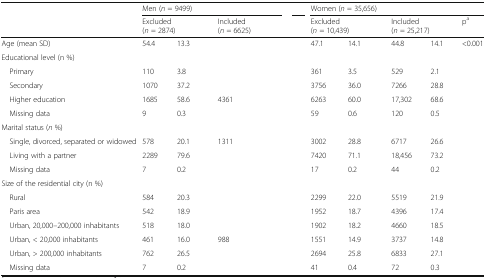
<table><thead><tr><td rowspan="2">[EMPTY_CELL]</td><td colspan="6"><b>Men (<i>n</i> = 9499)</b></td><td colspan="6"><b>Women (<i>n</i> = 35,656)</b></td></tr><tr><td colspan="2"><b>Excluded (<i>n</i> = 2874)</b></td><td>[EMPTY_CELL]</td><td colspan="2"><b>Included (<i>n</i> = 6625)</b></td><td>[EMPTY_CELL]</td><td colspan="2"><b>Excluded (<i>n</i> = 10,439)</b></td><td>[EMPTY_CELL]</td><td colspan="2"><b>Included (<i>n</i> = 25,217)</b></td><td><b>p<sup>a</sup></b></td></tr></thead><tbody><tr><td>Age (mean SD)</td><td>54.4</td><td>13.3</td><td>[EMPTY_CELL]</td><td>[EMPTY_CELL]</td><td>[EMPTY_CELL]</td><td>[EMPTY_CELL]</td><td>47.1</td><td>14.1</td><td>[EMPTY_CELL]</td><td>44.8</td><td>14.1</td><td>&lt;0.001</td></tr><tr><td>Educational level (n %)</td><td>[EMPTY_CELL]</td><td>[EMPTY_CELL]</td><td>[EMPTY_CELL]</td><td>[EMPTY_CELL]</td><td>[EMPTY_CELL]</td><td>[EMPTY_CELL]</td><td>[EMPTY_CELL]</td><td>[EMPTY_CELL]</td><td>[EMPTY_CELL]</td><td>[EMPTY_CELL]</td><td>[EMPTY_CELL]</td><td>[EMPTY_CELL]</td></tr><tr><td> Primary</td><td>110</td><td>3.8</td><td>[EMPTY_CELL]</td><td>[EMPTY_CELL]</td><td>[EMPTY_CELL]</td><td>[EMPTY_CELL]</td><td>361</td><td>3.5</td><td>[EMPTY_CELL]</td><td>529</td><td>2.1</td><td>[EMPTY_CELL]</td></tr><tr><td> Secondary</td><td>1070</td><td>37.2</td><td>[EMPTY_CELL]</td><td>[EMPTY_CELL]</td><td>[EMPTY_CELL]</td><td>[EMPTY_CELL]</td><td>3756</td><td>36.0</td><td>[EMPTY_CELL]</td><td>7266</td><td>28.8</td><td>[EMPTY_CELL]</td></tr><tr><td> Higher education</td><td>1685</td><td>58.6</td><td>[EMPTY_CELL]</td><td>4361</td><td>[EMPTY_CELL]</td><td>[EMPTY_CELL]</td><td>6263</td><td>60.0</td><td>[EMPTY_CELL]</td><td>17,302</td><td>68.6</td><td>[EMPTY_CELL]</td></tr><tr><td> Missing data</td><td>9</td><td>0.3</td><td>[EMPTY_CELL]</td><td>[EMPTY_CELL]</td><td>[EMPTY_CELL]</td><td>[EMPTY_CELL]</td><td>59</td><td>0.6</td><td>[EMPTY_CELL]</td><td>120</td><td>0.5</td><td>[EMPTY_CELL]</td></tr><tr><td>Marital status (<i>n</i> %)</td><td>[EMPTY_CELL]</td><td>[EMPTY_CELL]</td><td>[EMPTY_CELL]</td><td>[EMPTY_CELL]</td><td>[EMPTY_CELL]</td><td>[EMPTY_CELL]</td><td>[EMPTY_CELL]</td><td>[EMPTY_CELL]</td><td>[EMPTY_CELL]</td><td>[EMPTY_CELL]</td><td>[EMPTY_CELL]</td><td>[EMPTY_CELL]</td></tr><tr><td> Single, divorced, separated or widowed</td><td>578</td><td>20.1</td><td>[EMPTY_CELL]</td><td>1311</td><td>[EMPTY_CELL]</td><td>[EMPTY_CELL]</td><td>3002</td><td>28.8</td><td>[EMPTY_CELL]</td><td>6717</td><td>26.6</td><td>[EMPTY_CELL]</td></tr><tr><td> Living with a partner</td><td>2289</td><td>79.6</td><td>[EMPTY_CELL]</td><td>[EMPTY_CELL]</td><td>[EMPTY_CELL]</td><td>[EMPTY_CELL]</td><td>7420</td><td>71.1</td><td>[EMPTY_CELL]</td><td>18,456</td><td>73.2</td><td>[EMPTY_CELL]</td></tr><tr><td> Missing data</td><td>7</td><td>0.2</td><td>[EMPTY_CELL]</td><td>[EMPTY_CELL]</td><td>[EMPTY_CELL]</td><td>[EMPTY_CELL]</td><td>17</td><td>0.2</td><td>[EMPTY_CELL]</td><td>44</td><td>0.2</td><td>[EMPTY_CELL]</td></tr><tr><td>Size of the residential city (n %)</td><td>[EMPTY_CELL]</td><td>[EMPTY_CELL]</td><td>[EMPTY_CELL]</td><td>[EMPTY_CELL]</td><td>[EMPTY_CELL]</td><td>[EMPTY_CELL]</td><td>[EMPTY_CELL]</td><td>[EMPTY_CELL]</td><td>[EMPTY_CELL]</td><td>[EMPTY_CELL]</td><td>[EMPTY_CELL]</td><td>[EMPTY_CELL]</td></tr><tr><td> Rural</td><td>584</td><td>20.3</td><td>[EMPTY_CELL]</td><td>[EMPTY_CELL]</td><td>[EMPTY_CELL]</td><td>[EMPTY_CELL]</td><td>2299</td><td>22.0</td><td>[EMPTY_CELL]</td><td>5519</td><td>21.9</td><td>[EMPTY_CELL]</td></tr><tr><td> Paris area</td><td>542</td><td>18.9</td><td>[EMPTY_CELL]</td><td>[EMPTY_CELL]</td><td>[EMPTY_CELL]</td><td>[EMPTY_CELL]</td><td>1952</td><td>18.7</td><td>[EMPTY_CELL]</td><td>4396</td><td>17.4</td><td>[EMPTY_CELL]</td></tr><tr><td> Urban, 20,000–200,000 inhabitants</td><td>518</td><td>18.0</td><td>[EMPTY_CELL]</td><td>[EMPTY_CELL]</td><td>[EMPTY_CELL]</td><td>[EMPTY_CELL]</td><td>1902</td><td>18.2</td><td>[EMPTY_CELL]</td><td>4660</td><td>18.5</td><td>[EMPTY_CELL]</td></tr><tr><td> Urban, &lt; 20,000 inhabitants</td><td>461</td><td>16.0</td><td>[EMPTY_CELL]</td><td>988</td><td>[EMPTY_CELL]</td><td>[EMPTY_CELL]</td><td>1551</td><td>14.9</td><td>[EMPTY_CELL]</td><td>3737</td><td>14.8</td><td>[EMPTY_CELL]</td></tr><tr><td> Urban, &gt; 200,000 inhabitants</td><td>762</td><td>26.5</td><td>[EMPTY_CELL]</td><td>[EMPTY_CELL]</td><td>[EMPTY_CELL]</td><td>[EMPTY_CELL]</td><td>2694</td><td>25.8</td><td>[EMPTY_CELL]</td><td>6833</td><td>27.1</td><td>[EMPTY_CELL]</td></tr><tr><td> Missing data</td><td>7</td><td>0.2</td><td>[EMPTY_CELL]</td><td>[EMPTY_CELL]</td><td>[EMPTY_CELL]</td><td>[EMPTY_CELL]</td><td>41</td><td>0.4</td><td>[EMPTY_CELL]</td><td>72</td><td>0.3</td><td>[EMPTY_CELL]</td></tr></tbody></table>